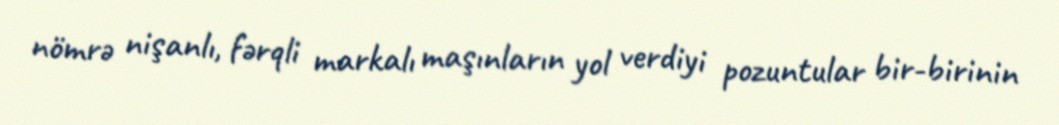
nömrə nişanlı, fərqli markalı maşınların yol verdiyi pozuntular bir-birinin